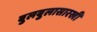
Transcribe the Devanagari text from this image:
बुलबुलासारखी